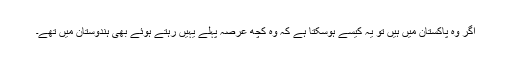
اگر وہ پاکستان میں ہیں تو یہ کیسے ہوسکتا ہے کہ وہ کچھ عرصہ پہلے یہیں رہتے ہوئے بھی ہندوستان میں تھے۔